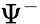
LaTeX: \Psi^{-}